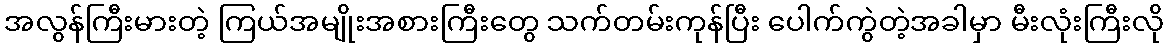
အလွန်ကြီးမားတဲ့ ကြယ်အမျိုးအစားကြီးတွေ သက်တမ်းကုန်ပြီး ပေါက်ကွဲတဲ့အခါမှာ မီးလုံးကြီးလို